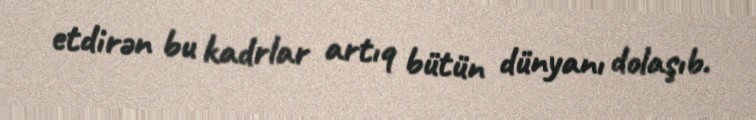
etdirən bu kadrlar artıq bütün dünyanı dolaşıb.